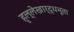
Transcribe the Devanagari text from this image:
हृल्लेखार्द्धभूता